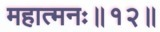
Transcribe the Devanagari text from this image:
महात्मनः॥१२॥